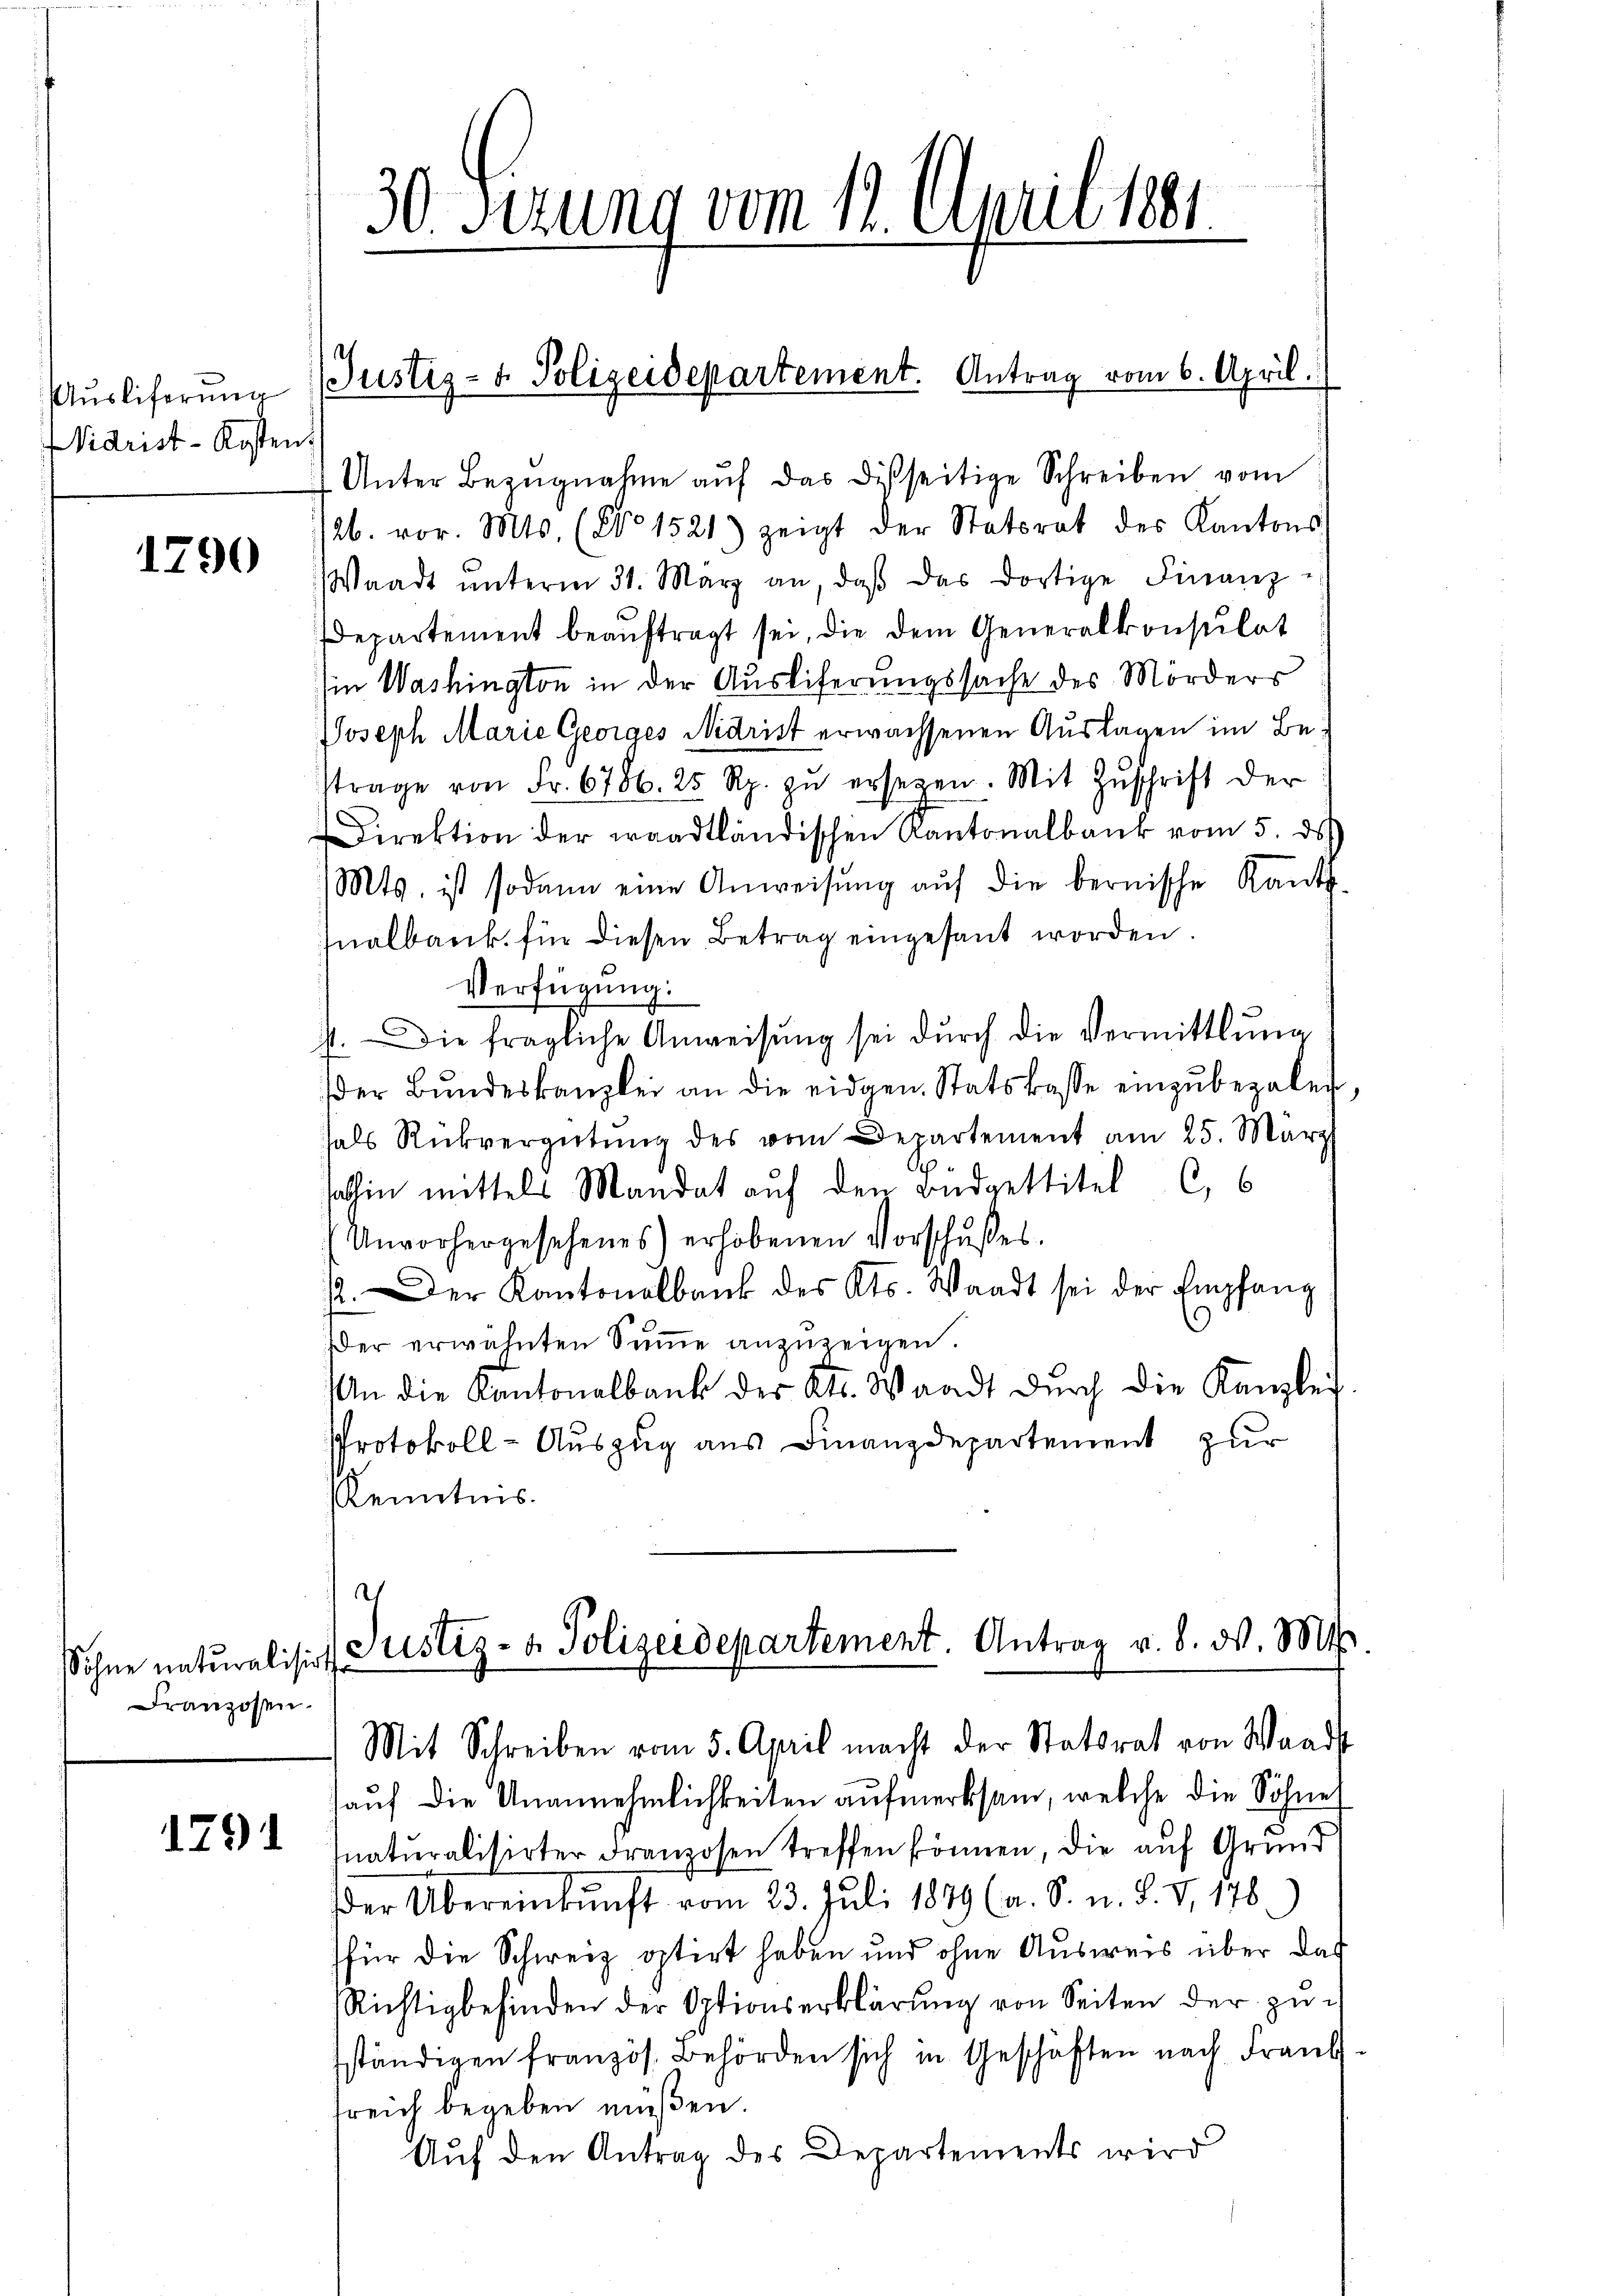
Auslieferung
Widrist-Kosten.

1790

Sohne naturalisirt
Franzosen.

1791

30 Sezung vom 12. April 1881

Justiz- & Polizeidepartement. Antrag vom 6. April.

Unter Bezŭgnahme aŭf das disseitige Schreiben vom
/26. vor. Mts. (No 1521) zeigt der Statsrat des Kantons
Waadt ŭnterm 31. März an, daβ das dortige Finanz-
Departement beaŭftragt sei, die dem Generalkonsulat
Ein Washington in der Ausliferungssache des Mörders
Joseph Marie Georges Nidrist erwachsenen Auslagen im Bestrage von Fr. 6786. 25 Rp. zŭ ersetzen. Mit Zŭschrift der
Direktion der waadtländischen Kantonalbank vom 5. ds
Mts. ist sodann eine Anweisung auf die bernische Kants-
fnalbank für diesen Betrag eingesant worden.
Verfügung:
st. Die fragliche Anweisung sei durch die Vermittlung
der Bŭndeskanzlei an die eidgen. Statskasse einzŭbezalen,
hals Rückvergütŭng des vom Departement am 25. März
sohin mittels Mandat auf den Budgettitel C.
Unvorhergesehenes) erhobenen Vorschußes.
12. Der Kantonalbank des Kts. Waadt sei der Empfang
der erwähnten Summe anzuzeigen.
An die Kantonalbank der Kt. Waadt dŭrch die Kanzlei
Protokoll- Auszug aus Finanzdepartement zur
Kenntnis.
Justiz- & Polizeidepartement. Antrag v. 8. d. M.
Mit Schreiben vom 5. April macht der Stattrat von Waadt
auf die Unannehmlichkeiten aufmerksam, welche die Söhne
naturalisirter Franzosen treffen können, die auf Grund
der Übereinkunft vom 23. Juli 1879 (a. S. n. F. V. 178.)
für die Schweiz optirt haben und ohne Ausweis über das
Richtigbefinden der Optionserklärung von Seiten der zu
ständigen französ. Behörden sich in Geschäften nach Frank
treich begeben müßen.
Auf den Antrag des Departements wird